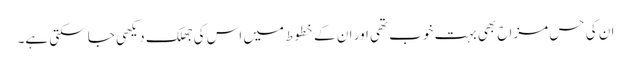
ان کی حس مزاح بھی بہت خوب تھی اور ان کے خطوط میں اس کی جھلک دیکھی جا سکتی ہے۔